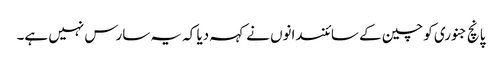
پانچ جنوری کو چین کے سائنسدانوں نے کہہ دیا کہ یہ سارس نہیں ہے۔